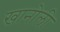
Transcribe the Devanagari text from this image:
खानोली